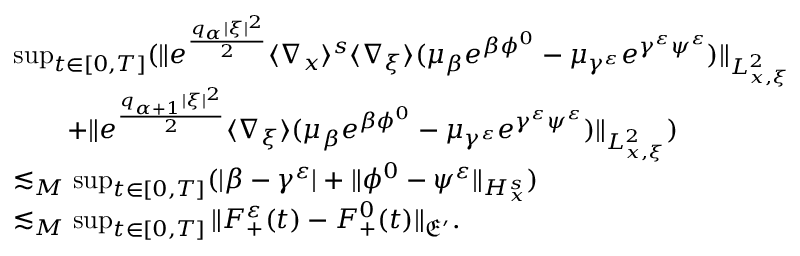
\begin{array} { r l } & { \operatorname* { s u p } _ { t \in [ 0 , T ] } ( \| e ^ { \frac { q _ { \alpha } | \xi | ^ { 2 } } { 2 } } \langle \nabla _ { x } \rangle ^ { s } \langle \nabla _ { \xi } \rangle ( \mu _ { \beta } e ^ { \beta \phi ^ { 0 } } - \mu _ { \gamma ^ { \varepsilon } } e ^ { \gamma ^ { \varepsilon } \psi ^ { \varepsilon } } ) \| _ { L _ { x , \xi } ^ { 2 } } } \\ & { \quad \quad + \| e ^ { \frac { q _ { \alpha + 1 } | \xi | ^ { 2 } } { 2 } } \langle \nabla _ { \xi } \rangle ( \mu _ { \beta } e ^ { \beta \phi ^ { 0 } } - \mu _ { \gamma ^ { \varepsilon } } e ^ { \gamma ^ { \varepsilon } \psi ^ { \varepsilon } } ) \| _ { L _ { x , \xi } ^ { 2 } } ) } \\ & { \lesssim _ { M } \operatorname* { s u p } _ { t \in [ 0 , T ] } ( | \beta - \gamma ^ { \varepsilon } | + \| \phi ^ { 0 } - \psi ^ { \varepsilon } \| _ { H _ { x } ^ { s } } ) } \\ & { \lesssim _ { M } \operatorname* { s u p } _ { t \in [ 0 , T ] } \| F _ { + } ^ { \varepsilon } ( t ) - F _ { + } ^ { 0 } ( t ) \| _ { \mathfrak E ^ { \prime } } . } \end{array}